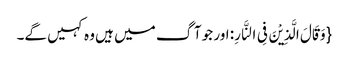
{وَ قَالَ الَّذِیْنَ فِی النَّارِ: اور جو آگ میں ہیں وہ کہیں گے۔